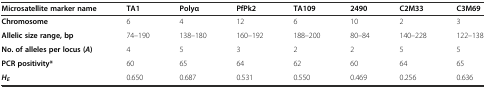
<table><thead><tr><td><b>Microsatellite marker name</b></td><td><b>TA1</b></td><td><b>Polyα</b></td><td><b>PfPk2</b></td><td><b>TA109</b></td><td><b>2490</b></td><td><b>C2M33</b></td><td><b>C3M69</b></td></tr></thead><tbody><tr><td><b>Chromosome</b></td><td>6</td><td>4</td><td>12</td><td>6</td><td>10</td><td>2</td><td>3</td></tr><tr><td><b>Allelic size range, bp</b></td><td>74–190</td><td>138–180</td><td>160–192</td><td>188–200</td><td>80–84</td><td>140–228</td><td>122–138</td></tr><tr><td><b>No. of alleles per locus (</b><b><i>A</i></b><b>)</b></td><td>4</td><td>5</td><td>3</td><td>2</td><td>2</td><td>5</td><td>5</td></tr><tr><td><b>PCR positivity*</b></td><td>60</td><td>65</td><td>64</td><td>62</td><td>60</td><td>64</td><td>65</td></tr><tr><td><b><i>H</i></b><sub><b><i>E</i></b></sub></td><td>0.650</td><td>0.687</td><td>0.531</td><td>0.550</td><td>0.469</td><td>0.256</td><td>0.636</td></tr></tbody></table>